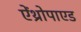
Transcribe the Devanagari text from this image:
ऐंथ्रोपाएड